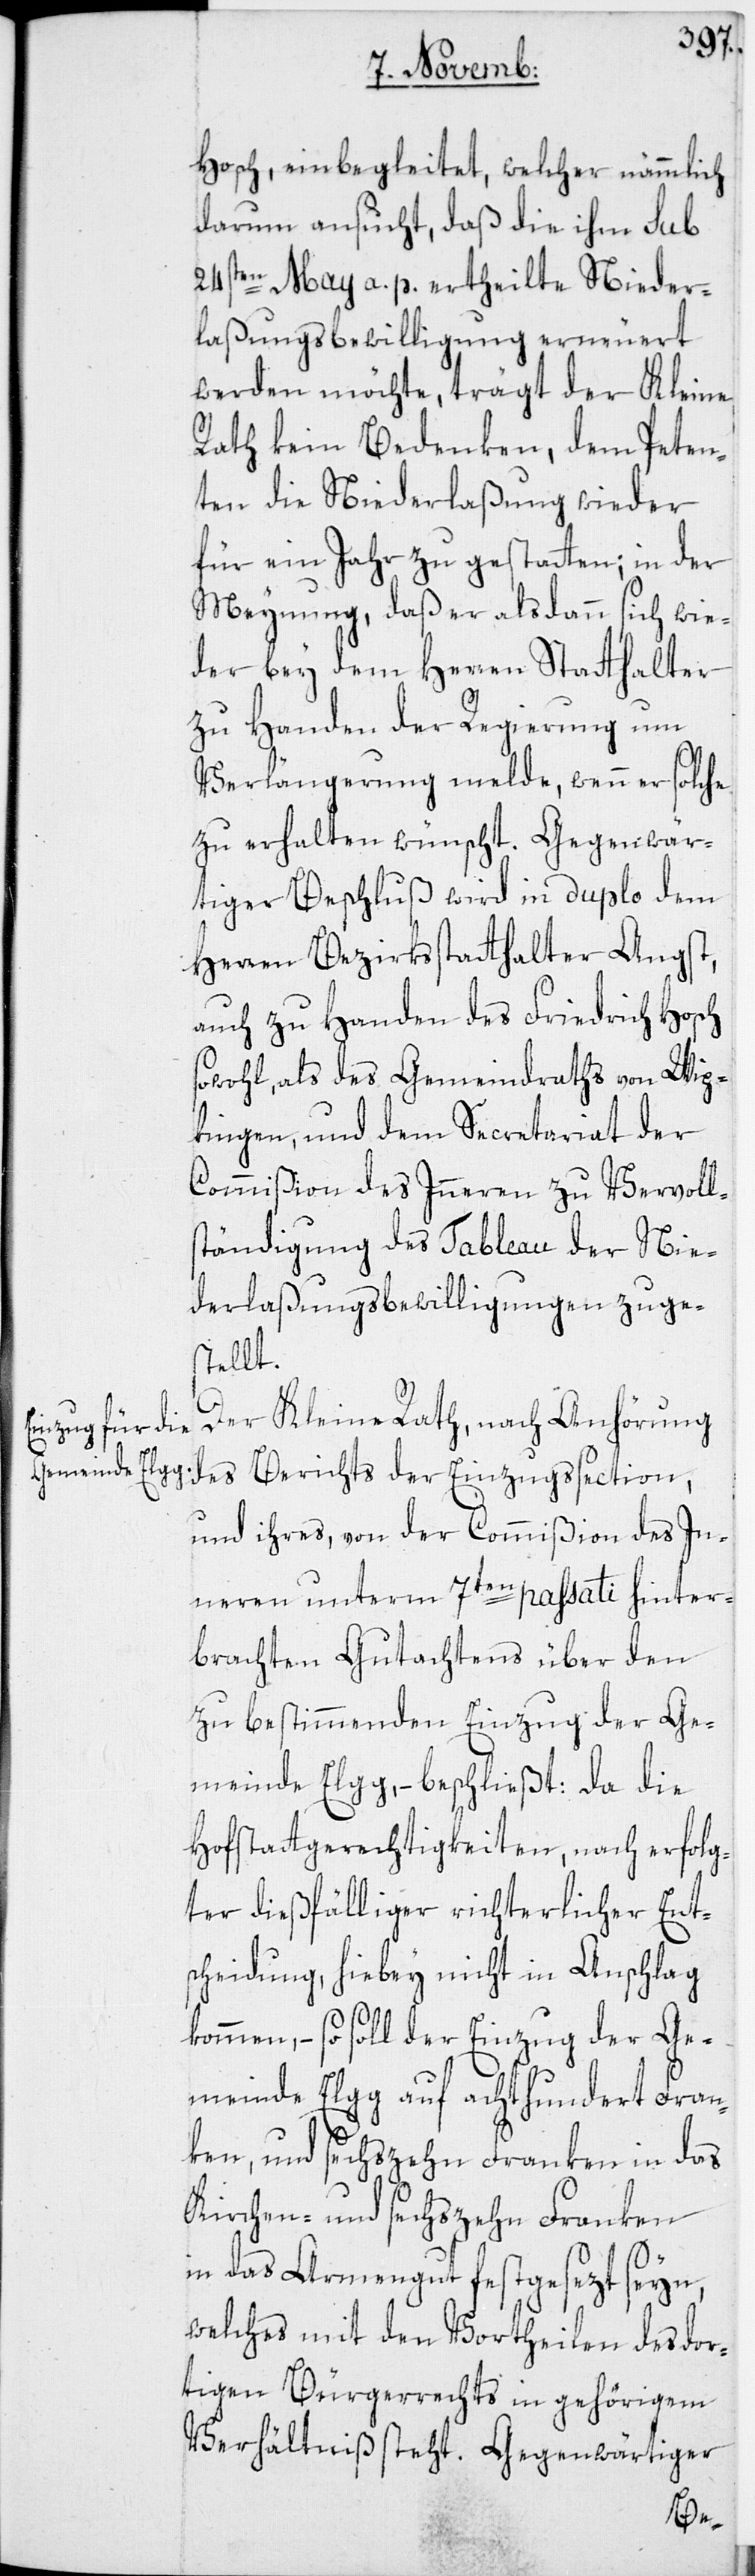
Hosch, einbegleitet, welcher nämmlich
darum ansucht, daß die ihm sub
24sten May a. p. ertheilte Nieder¬
laßungsbewilligung erneuert
werden möchte, trägt der Kleine
Rath kein Bedenken, dem Peten¬
ten die Niederlaßung wieder
für ein Jahr zu gestatten; in der
Meynung, daß er alsdann sich wie¬
der bey dem Herren Statthalter
zu Handen der Regierung um
Verlängerung melde, wenn er solche
zu erhalten wünscht. Gegenwär¬
tiger Beschluß wird in duplo dem
Herren Bezirksstatthalter Angst,
auch zu Handen des Friedrich Hosch
sowohl, als des Gemeindraths von Wip¬
kingen, und dem Secretariat der
Commißion des Inneren zu Vervolls¬
tändigung des Tableau der Nie¬
derlaßungsbewilligungen zuge¬
stellt.
Der Kleine Rath, nach Anhörung
und ihres, von der Commißion des In¬
neren unterm 7ten passati hinter¬
brachten Gutachtens über den
zu bestimmenden Einzug der Ge¬
meinde Elgg, – beschließt: Da die
Hofstattgerechtigkeiten, nach erfolg¬
ter dießfälliger richterlicher Ent¬
scheidung, hiebey nicht in Anschlag
kommen, – so soll der Einzug der Ge¬
meinde Elgg auf achthundert Fran¬
ken, und sechszehn Franken in das
Kirchen- und sechszehn Franken
in das Armengut festgesezt seyn,
welches mit den Vortheilen des dor¬
tigen Bürgerrechts in gehörigem
Verhältniß steht. Gegenwärtiger